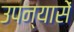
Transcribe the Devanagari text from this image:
उपन्यासें